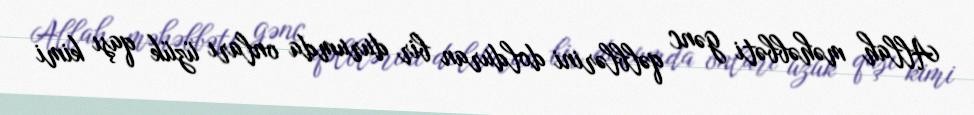
Allah məhəbbəti gənc qəlblərini dolduran bir durumda onları üzük qaşı kimi